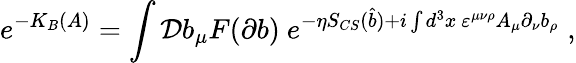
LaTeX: e^{-K_{B}(A)}=\int{\cal D}b_{\mu}F(\partial b)~e^{-\eta S_{CS}(\widehat{b})+i\int d^{3}x~\varepsilon^{\mu\nu\rho}A_{\mu}\partial_{\nu}b_{\rho}}\; ,